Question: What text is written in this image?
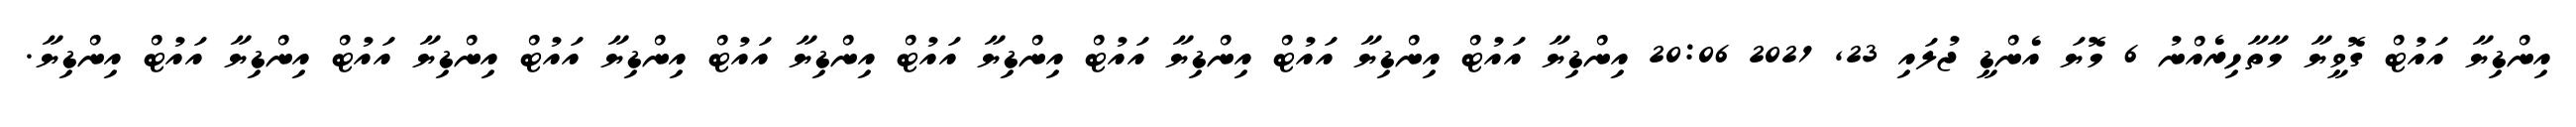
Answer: އިންޑިޔާ އައުޓް ގޮވީޔާ މާތާހިރެއްނު 6 މޮޔަ އެންޑީ ޖުލައި 23, 2021 20:06 އިންޑިޔާ އައުޓް އިންޑިޔާ އައުޓް އިންޑިޔާ އައުޓް އިންޑިޔާ އައުޓް އިންޑިޔާ އައުޓް އިންޑިޔާ އައުޓް އިންޑިޔާ އައުޓް އިންޑިޔާ އައުޓް އިންޑިޔާ.